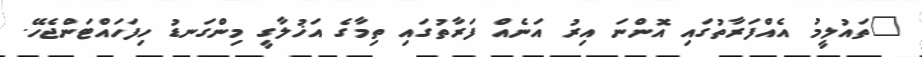
"ތައުލީމު އެއްފަރާތުގައި އޮންނަ އިރު އަނެއް ފަރާތުގައި ތިމާގެ އަޚުލާގީ މިންގަނޑު ހިފަހައްޓަންޖެހޭ.